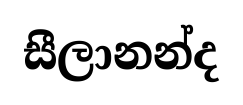
සීලානන්ද